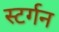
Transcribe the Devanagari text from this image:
स्टर्गन